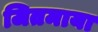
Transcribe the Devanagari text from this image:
जितमाया